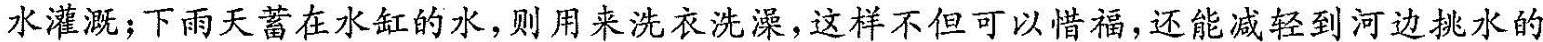
水灌溉；下雨天蓄在水缸的水，则用来洗衣洗澡，这样不但可以惜福，还能减轻到河边挑水的